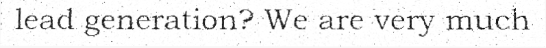
lead generation? We are very much